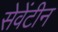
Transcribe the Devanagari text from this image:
सेवेंटीन